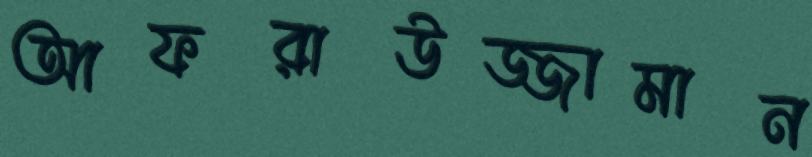
আফরাউজ্জামান